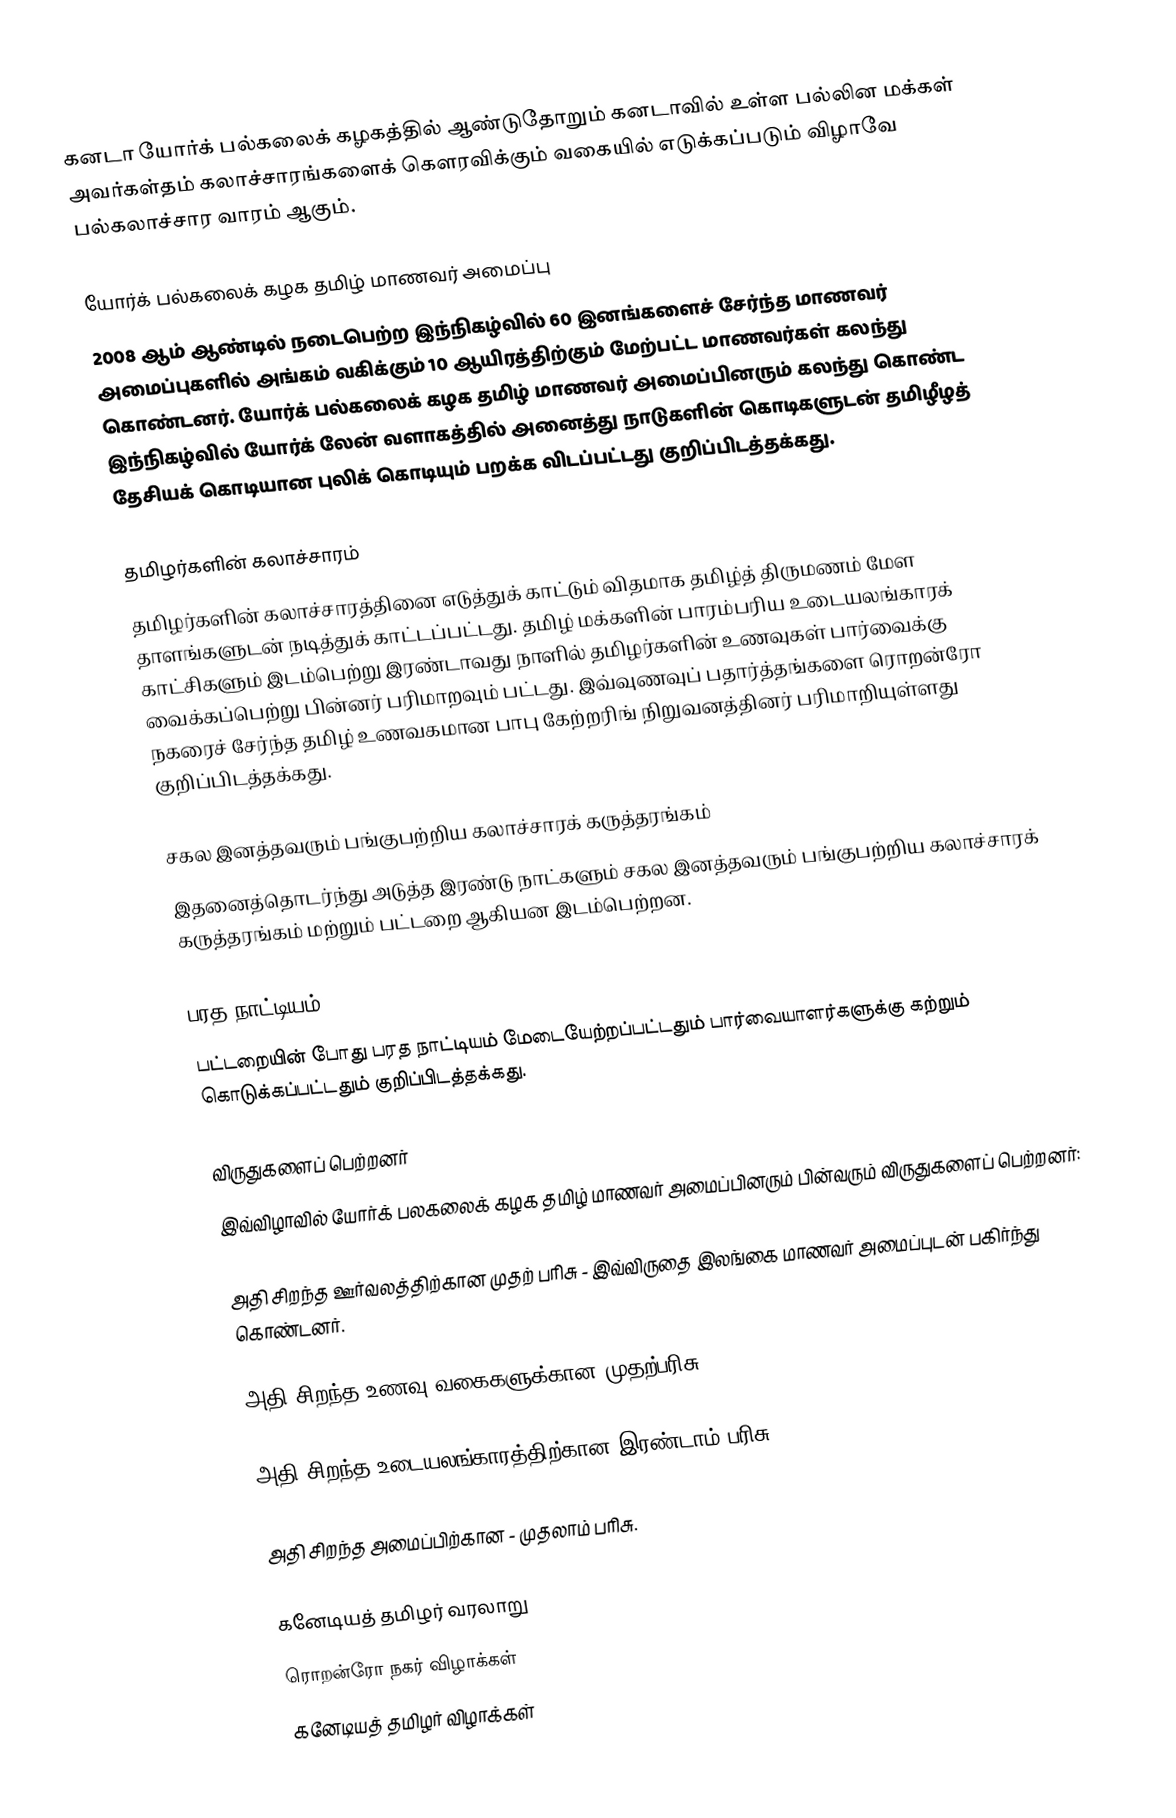
கனடா யோர்க் பல்கலைக் கழகத்தில் ஆண்டுதோறும் கனடாவில் உள்ள பல்லின மக்கள் அவர்கள்தம் கலாச்சாரங்களைக் கௌரவிக்கும் வகையில் எடுக்கப்படும் விழாவே பல்கலாச்சார வாரம் ஆகும்.

யோர்க் பல்கலைக் கழக தமிழ் மாணவர் அமைப்பு
2008 ஆம் ஆண்டில் நடைபெற்ற இந்நிகழ்வில் 60 இனங்களைச் சேர்ந்த மாணவர் அமைப்புகளில் அங்கம் வகிக்கும் 10 ஆயிரத்திற்கும் மேற்பட்ட மாணவர்கள் கலந்து கொண்டனர். யோர்க் பல்கலைக் கழக தமிழ் மாணவர் அமைப்பினரும் கலந்து கொண்ட இந்நிகழ்வில் யோர்க் லேன் வளாகத்தில் அனைத்து நாடுகளின் கொடிகளுடன் தமிழீழத் தேசியக் கொடியான புலிக் கொடியும் பறக்க விடப்பட்டது குறிப்பிடத்தக்கது.

தமிழர்களின் கலாச்சாரம்
தமிழர்களின் கலாச்சாரத்தினை எடுத்துக் காட்டும் விதமாக தமிழ்த் திருமணம் மேள தாளங்களுடன் நடித்துக் காட்டப்பட்டது. தமிழ் மக்களின் பாரம்பரிய உடையலங்காரக் காட்சிகளும் இடம்பெற்று இரண்டாவது நாளில் தமிழர்களின் உணவுகள் பார்வைக்கு வைக்கப்பெற்று பின்னர் பரிமாறவும் பட்டது. இவ்வுணவுப் பதார்த்தங்களை ரொறன்ரோ நகரைச் சேர்ந்த தமிழ் உணவகமான பாபு கேற்றரிங் நிறுவனத்தினர் பரிமாறியுள்ளது குறிப்பிடத்தக்கது.

சகல இனத்தவரும் பங்குபற்றிய கலாச்சாரக் கருத்தரங்கம்
இதனைத்தொடர்ந்து அடுத்த இரண்டு நாட்களும் சகல இனத்தவரும் பங்குபற்றிய கலாச்சாரக் கருத்தரங்கம் மற்றும் பட்டறை ஆகியன இடம்பெற்றன.

பரத நாட்டியம்
பட்டறையின் போது பரத நாட்டியம் மேடையேற்றப்பட்டதும் பார்வையாளர்களுக்கு கற்றும் கொடுக்கப்பட்டதும் குறிப்பிடத்தக்கது.

விருதுகளைப் பெற்றனர்
இவ்விழாவில் யோர்க் பலகலைக் கழக தமிழ் மாணவர் அமைப்பினரும் பின்வரும் விருதுகளைப் பெற்றனர்:

 அதி சிறந்த ஊர்வலத்திற்கான முதற் பரிசு - இவ்விருதை இலங்கை மாணவர் அமைப்புடன் பகிர்ந்து கொண்டனர்.

 அதி சிறந்த உணவு வகைகளுக்கான முதற்பரிசு.

 அதி சிறந்த உடையலங்காரத்திற்கான இரண்டாம் பரிசு.

 அதி சிறந்த அமைப்பிற்கான - முதலாம் பரிசு.

கனேடியத் தமிழர் வரலாறு
ரொறன்ரோ நகர் விழாக்கள்
கனேடியத் தமிழர் விழாக்கள்